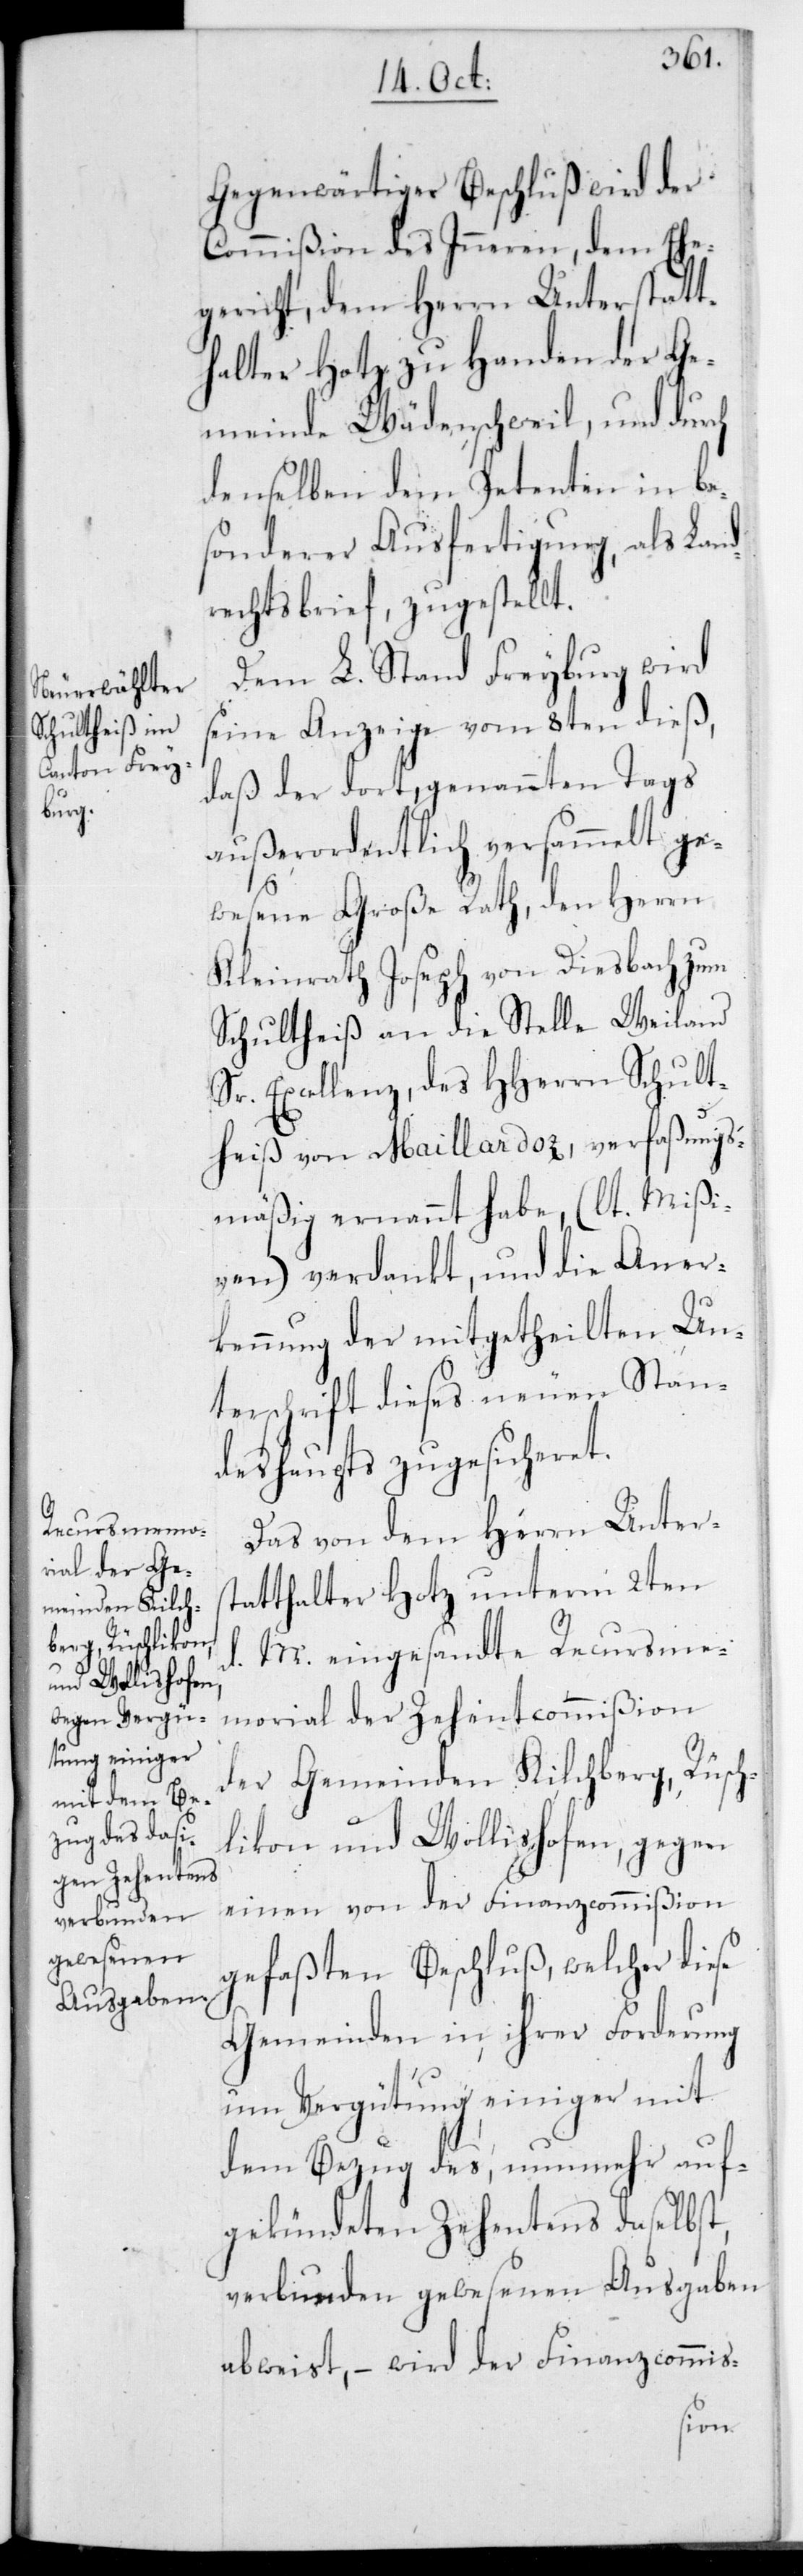
Gegenwärtiger Beschluß wird der
Commißion des Inneren, dem Ehe¬
gericht, dem Herrn Unterstatt¬
halter Hotz zu Handen der Ge¬
meinde Wädenschweil, und durch
denselben dem Petenten in be¬
sonderer Ausfertigung als Land¬
rechtsbrief zugestellt.
Dem L. Stand Freyburg wird
seine Anzeige vom 8ten dieß,
daß der dort genannten Tags
außerordentlich versammelt ge¬
wesene Große Rath, den Herrn
Kleinrath Joseph von Diesbach zum
Schultheiß an die Stelle Weiland
Sr. Excellenz, des HHerren Schult¬
heiß von Maillardoz, verfaßungs¬
mäßig ernannt habe (lt. Mißi¬
ven) verdankt, und die Aner¬
kennung der mitgetheilten Un¬
terschrift dieses neuenStan¬
deshaupts zugesicheret.
Das von dem Herrn Unters¬
tatthalter Hotz unterm 2ten
M. eingesandte Recursme¬
morial der Zehentcommißion
der Gemeinden Kilchberg, Rüsch¬
likon und Wollishofen, gegen
einen von der Finanzcommißion
gefaßten Beschluß, welcher diese
Gemeinden in ihrer Forderung
um Vergütung einiger mit
dem Bezug des, nunmehr auf¬
gekündeten Zehentens daselbst,
verbunden gewesenen Ausgaben
abweist, – wird der Finanzcommis-